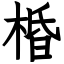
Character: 棔